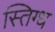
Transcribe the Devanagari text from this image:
स्तिग्ध